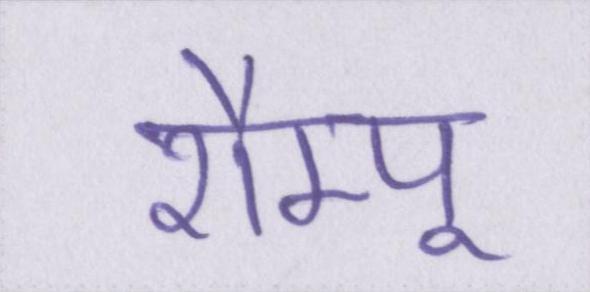
शैम्पू